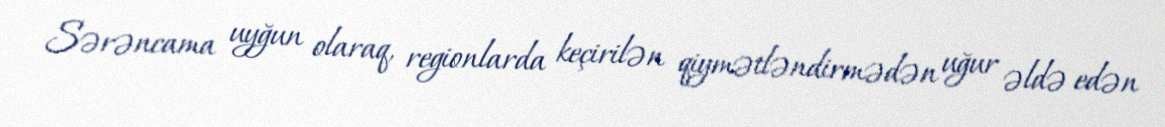
Sərəncama uyğun olaraq, regionlarda keçirilən qiymətləndirmədən uğur əldə edən